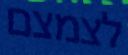
לצמצם